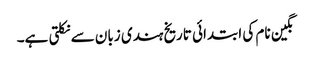
نگین نام کی ابتدائی تاریخ ہندی زبان سے نکلتی ہے۔